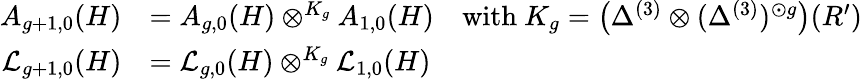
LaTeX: \begin{array}{rl}{A_{g+1,0}(H)}&{=A_{g,0}(H)\otimes^{K_{g}}A_{1,0}(H)\quad\mathrm{with~}K_{g}=\bigl(\Delta^{(3)}\otimes(\Delta^{(3)})^{\odot g}\bigr)(R^{\prime})}\\ {\mathcal{L}_{g+1,0}(H)}&{=\mathcal{L}_{g,0}(H)\otimes^{K_{g}}\mathcal{L}_{1,0}(H)}\end{array}